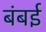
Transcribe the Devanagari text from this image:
बंबर्इ